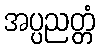
အပ္ပညတ္တံ